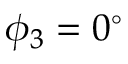
\phi _ { 3 } = 0 ^ { \circ }